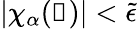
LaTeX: |\chi_{\alpha}(\boldsymbol{\mathscr{R}})|<\tilde{{\epsilon}}